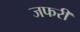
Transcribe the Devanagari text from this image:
जफरी